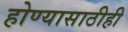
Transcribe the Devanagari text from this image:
होण्यासाठीही